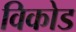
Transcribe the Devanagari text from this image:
विकोड